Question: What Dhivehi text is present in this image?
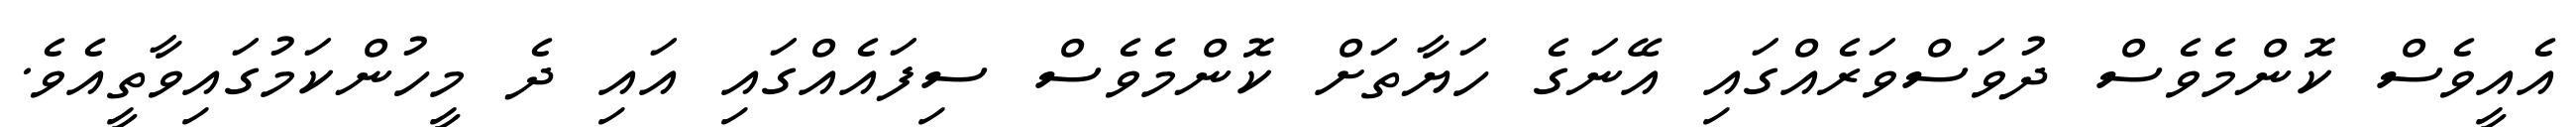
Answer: އެއީވެސް ކޮންމެވެސް ދުވަސްވަރެއްގައި އޭނަގެ ހަޔާތަށް ކޮންމެވެސް ސިފައެއްގައި އައި ދެ މީހުންކަމުގައިވާތީއެވެ.